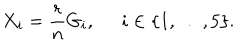
X _ { i } = \frac { r } { n } G _ { i } , \; \; i \in \{ 1 , \ldots , 5 \} .